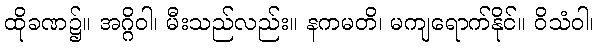
ထိုခဏ၌။ အဂ္ဂိဝါ၊ မီးသည်လည်း။ နကမတိ၊ မကျရောက်နိုင်။ ဝိသံဝါ၊